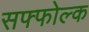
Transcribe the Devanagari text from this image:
सफ्फोल्क